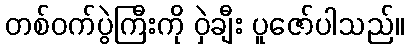
တစ်ဝက်ပွဲကြီးကို ဝှဲချီး ပူဇော်ပါသည်။